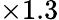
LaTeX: \times 1.3